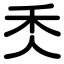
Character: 秂